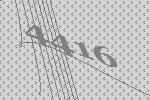
4416